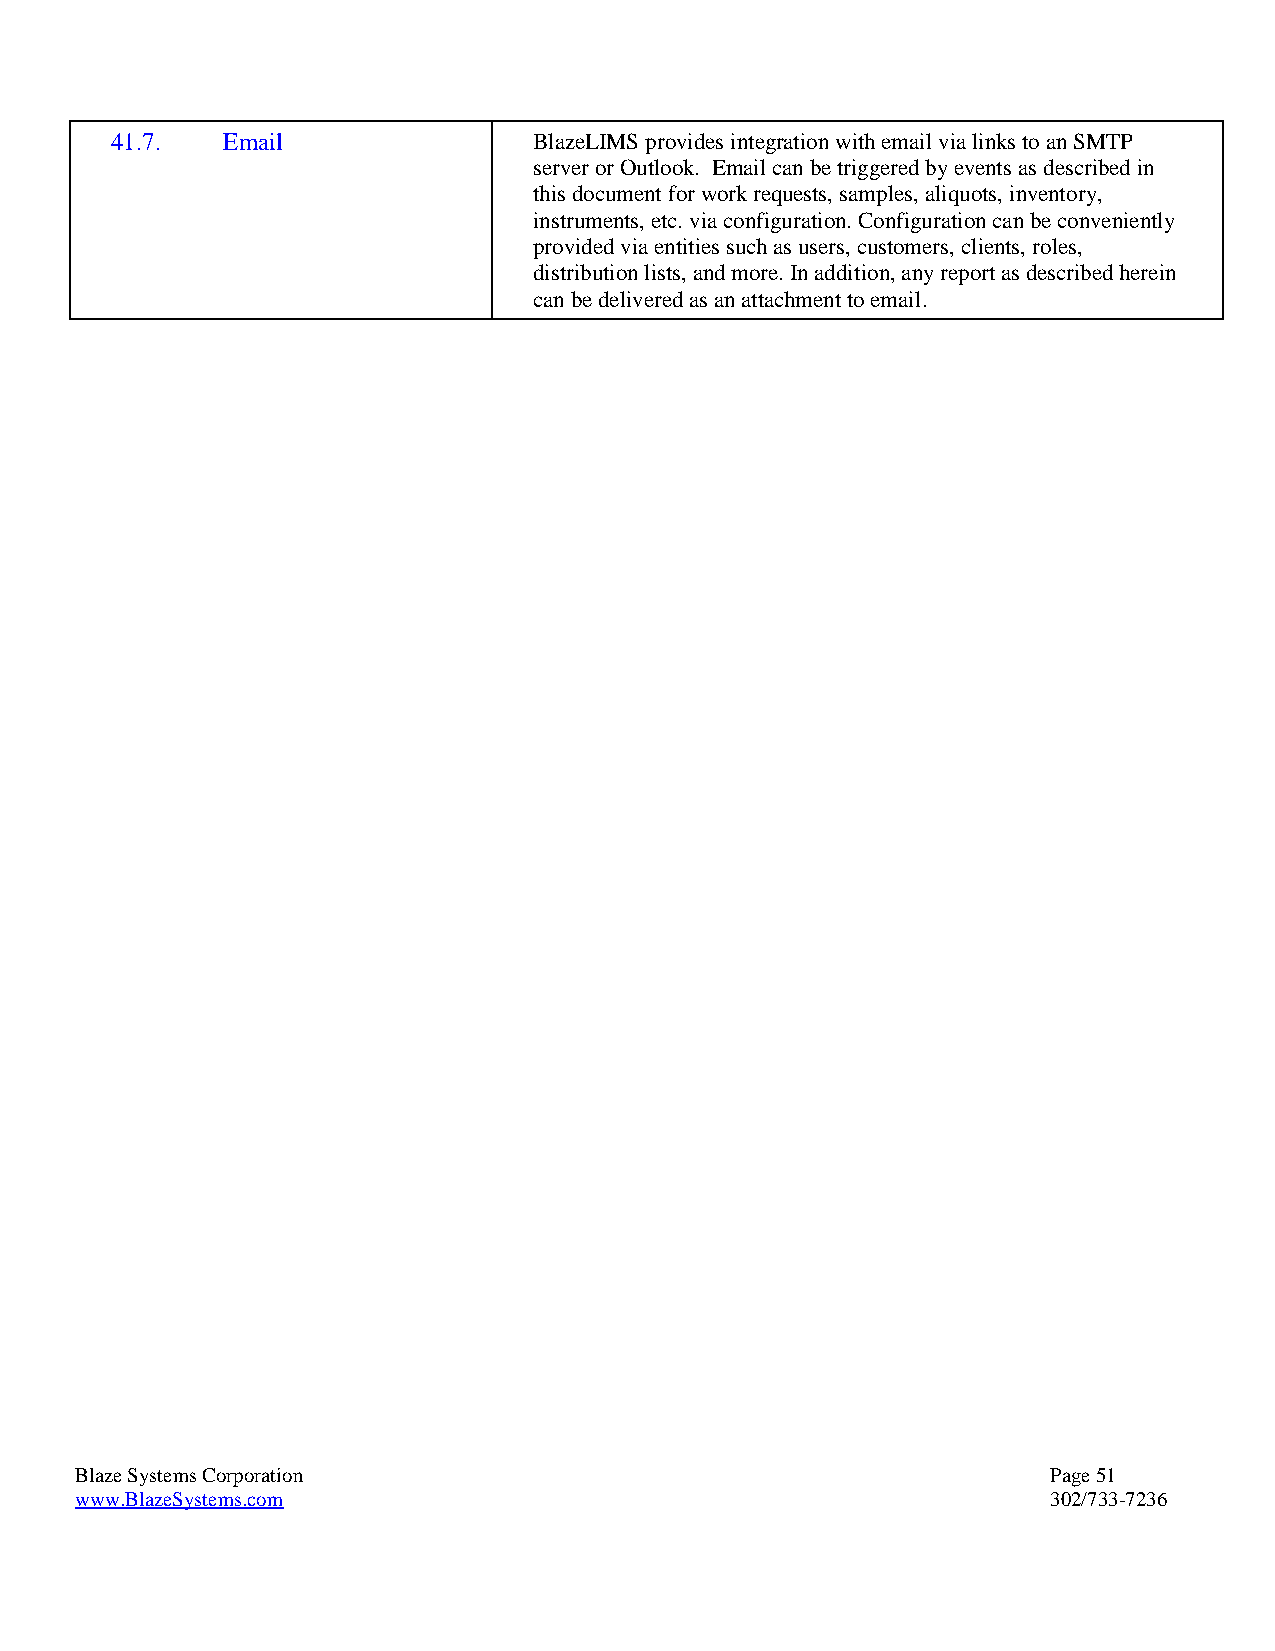
41.7.   Email               BlazeLIMS provides integration with email via links to an SMTP
 server or Outlook. Email can be triggered by events as described in
 this document for work requests, samples, aliquots, inventory,
 instruments, etc. via configuration. Configuration can be conveniently
 provided via entities such as users, customers, clients, roles,
 distribution lists, and more. In addition, any report as described herein
 can be delivered as an attachment to email.
 Blaze Systems Corporation                                        Page 51
 www.BlazeSystems.com                                             302/733-7236